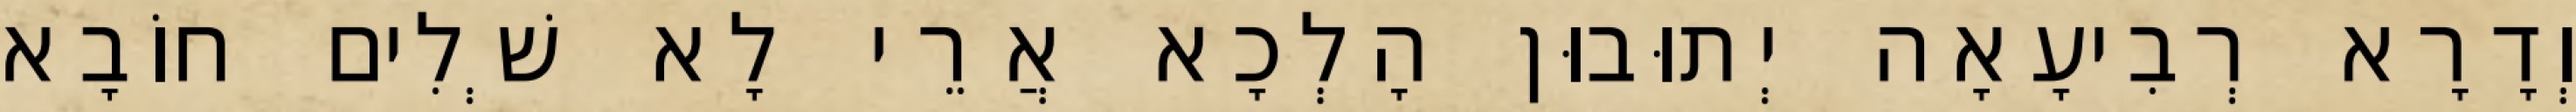
וְדָרָא רְבִיעָאָה יְתוּבוּן הָלְכָא אֲרֵי לָא שְׁלִים חוֹבָא